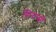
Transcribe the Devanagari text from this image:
सिनाप्सी